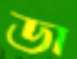
ডা